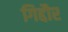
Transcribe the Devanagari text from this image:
गिद्दौर